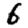
Digit: 6